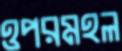
ওপরমহল